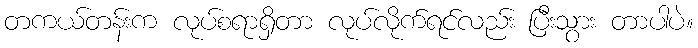
တကယ်တန်းက လုပ်စရာရှိတာ လုပ်လိုက်ရင်လည်း ပြီးသွား တာပါပဲ။